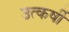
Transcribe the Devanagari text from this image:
उत्कर्षी